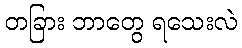
တခြား ဘာတွေ ရသေးလဲ